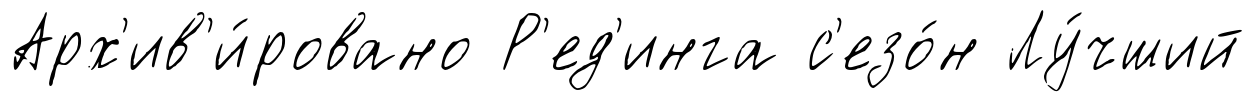
Арх'ив'и́ровано Р'ед'инга с'езо́н Лу́чший